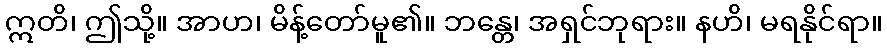
ဣတိ၊ ဤသို့။ အာဟ၊ မိန့်တော်မူ၏။ ဘန္တေ၊ အရှင်ဘုရား။ နဟိ၊ မရနိုင်ရာ။